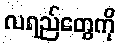
လရည်တွေကို